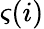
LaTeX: \varsigma(i)